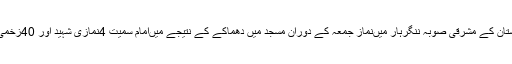
ادھرافغانستان کے مشرقی صوبہ ننگرہار میںنماز جمعہ کے دوران مسجد میں دھماکے کے نتیجے میںامام سمیت 4نمازی شہید اور 40زخمی ہوگئے ۔